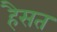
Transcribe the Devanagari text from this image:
हैसत